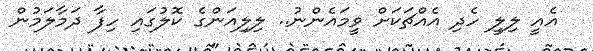
އެއީ ލިލީ ހެދި އެއްޗަކަށް ވީމައެންނު.. ލިލިއަންގެ ކޮލުގައި ހިފާ ދަމާލަމުން